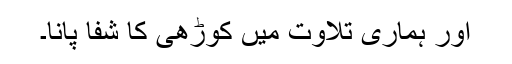
اور ہماری تلاوت میں کوڑھی کا شفا پانا۔